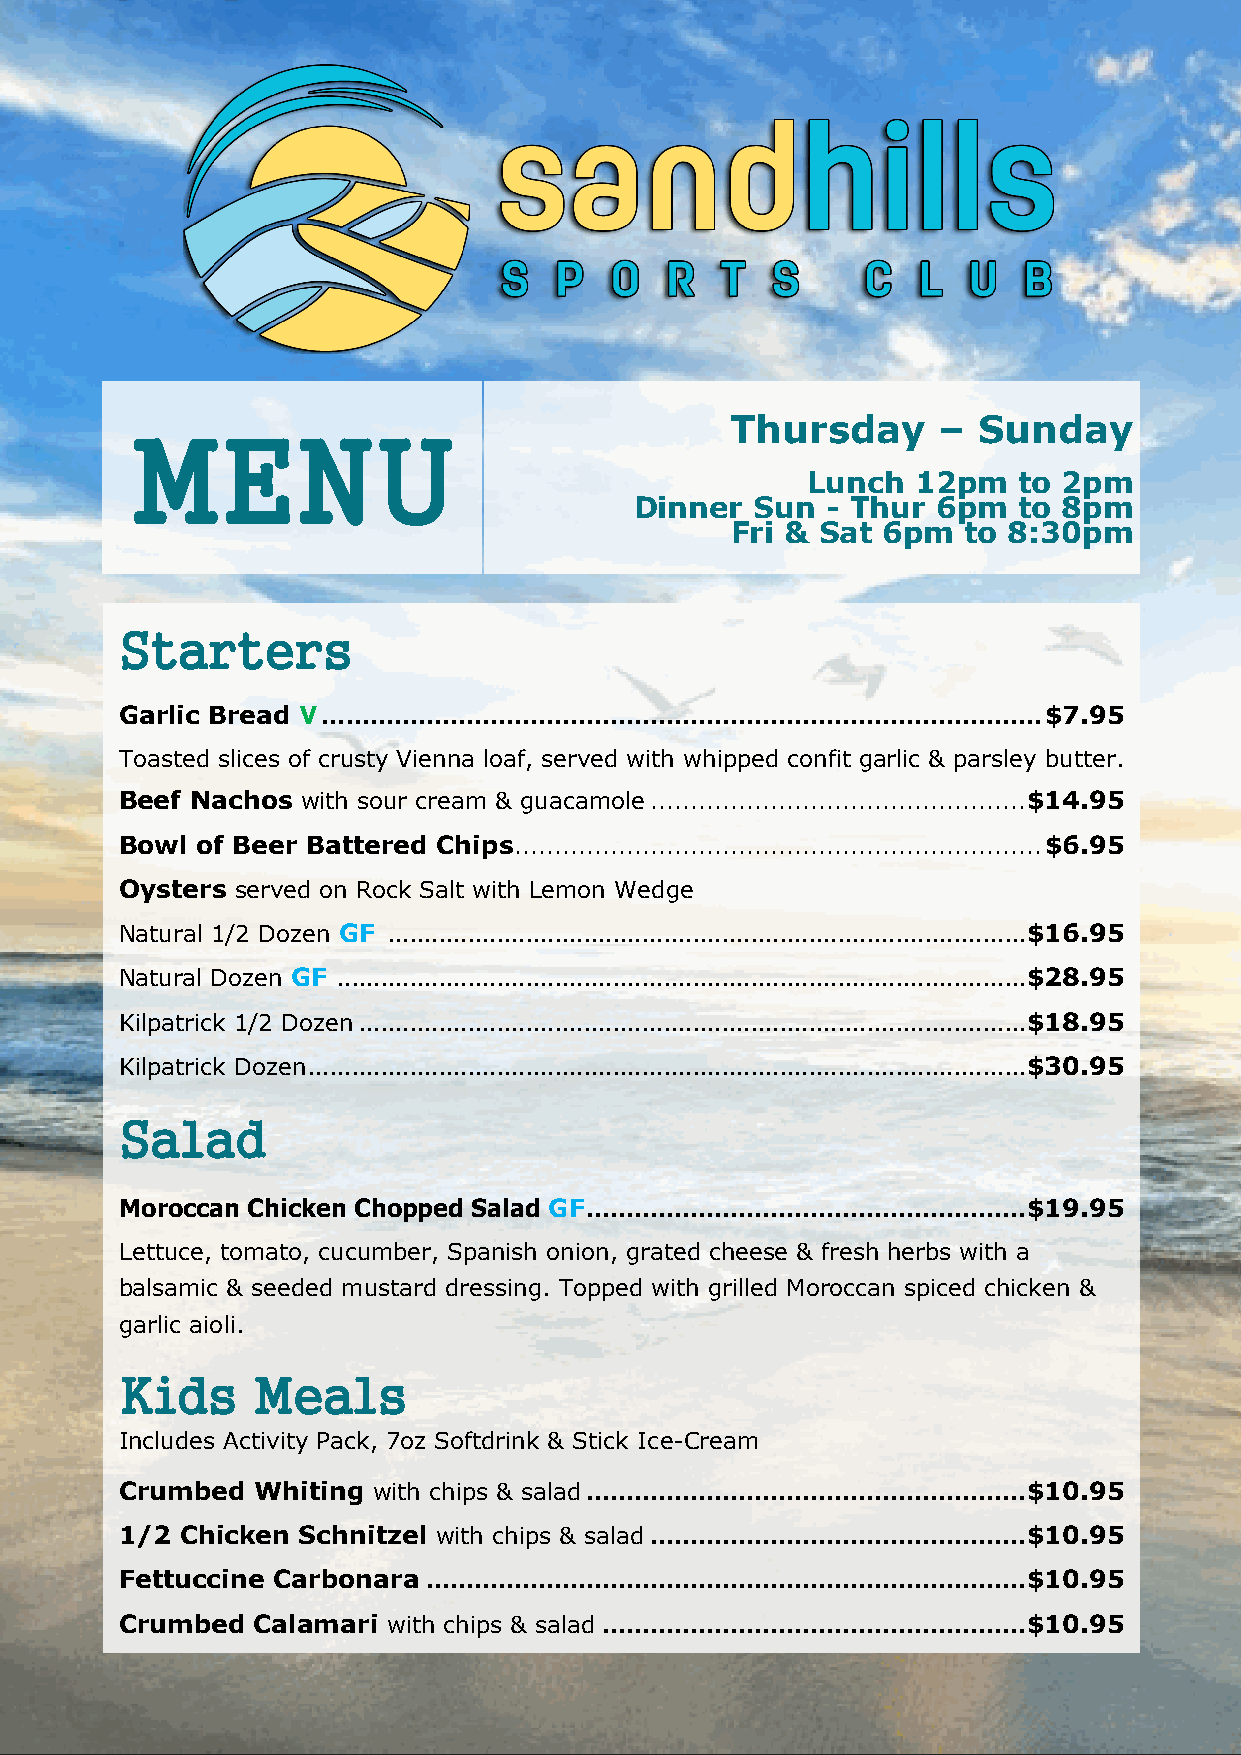
Thursday      –  Sunday
 MENU
 Lunch   12pm  to 2pm
 Dinner  Sun  - Thur 6pm  to 8pm
 Fri & Sat 6pm   to 8:30pm
 Starters
 Garlic Bread V .......................................................................................... $7.95
 Toasted slices of crusty Vienna loaf, served with whipped confit garlic & parsley butter.
 Beef Nachos with sour cream & guacamole ............................................... $14.95
 Bowl of Beer Battered Chips .................................................................. $6.95
 Oysters served on Rock Salt with Lemon Wedge
 Natural 1/2 Dozen GF ........................................................................................ $16.95
 Natural Dozen GF ............................................................................................... $28.95
 Kilpatrick 1/2 Dozen ............................................................................................ $18.95
 Kilpatrick Dozen ................................................................................................... $30.95
 Salad
 Moroccan Chicken Chopped Salad GF ....................................................... $19.95
 Lettuce, tomato, cucumber, Spanish onion, grated cheese & fresh herbs with a
 balsamic & seeded mustard dressing. Topped with grilled Moroccan spiced chicken &
 garlic aioli.
 Kids     Meals
 Includes Activity Pack, 7oz Softdrink & Stick Ice-Cream
 Crumbed  Whiting with chips & salad ....................................................... $10.95
 1/2 Chicken Schnitzel with chips & salad ............................................... $10.95
 Fettuccine Carbonara ........................................................................... $10.95
 Crumbed  Calamari with chips & salad ..................................................... $10.95